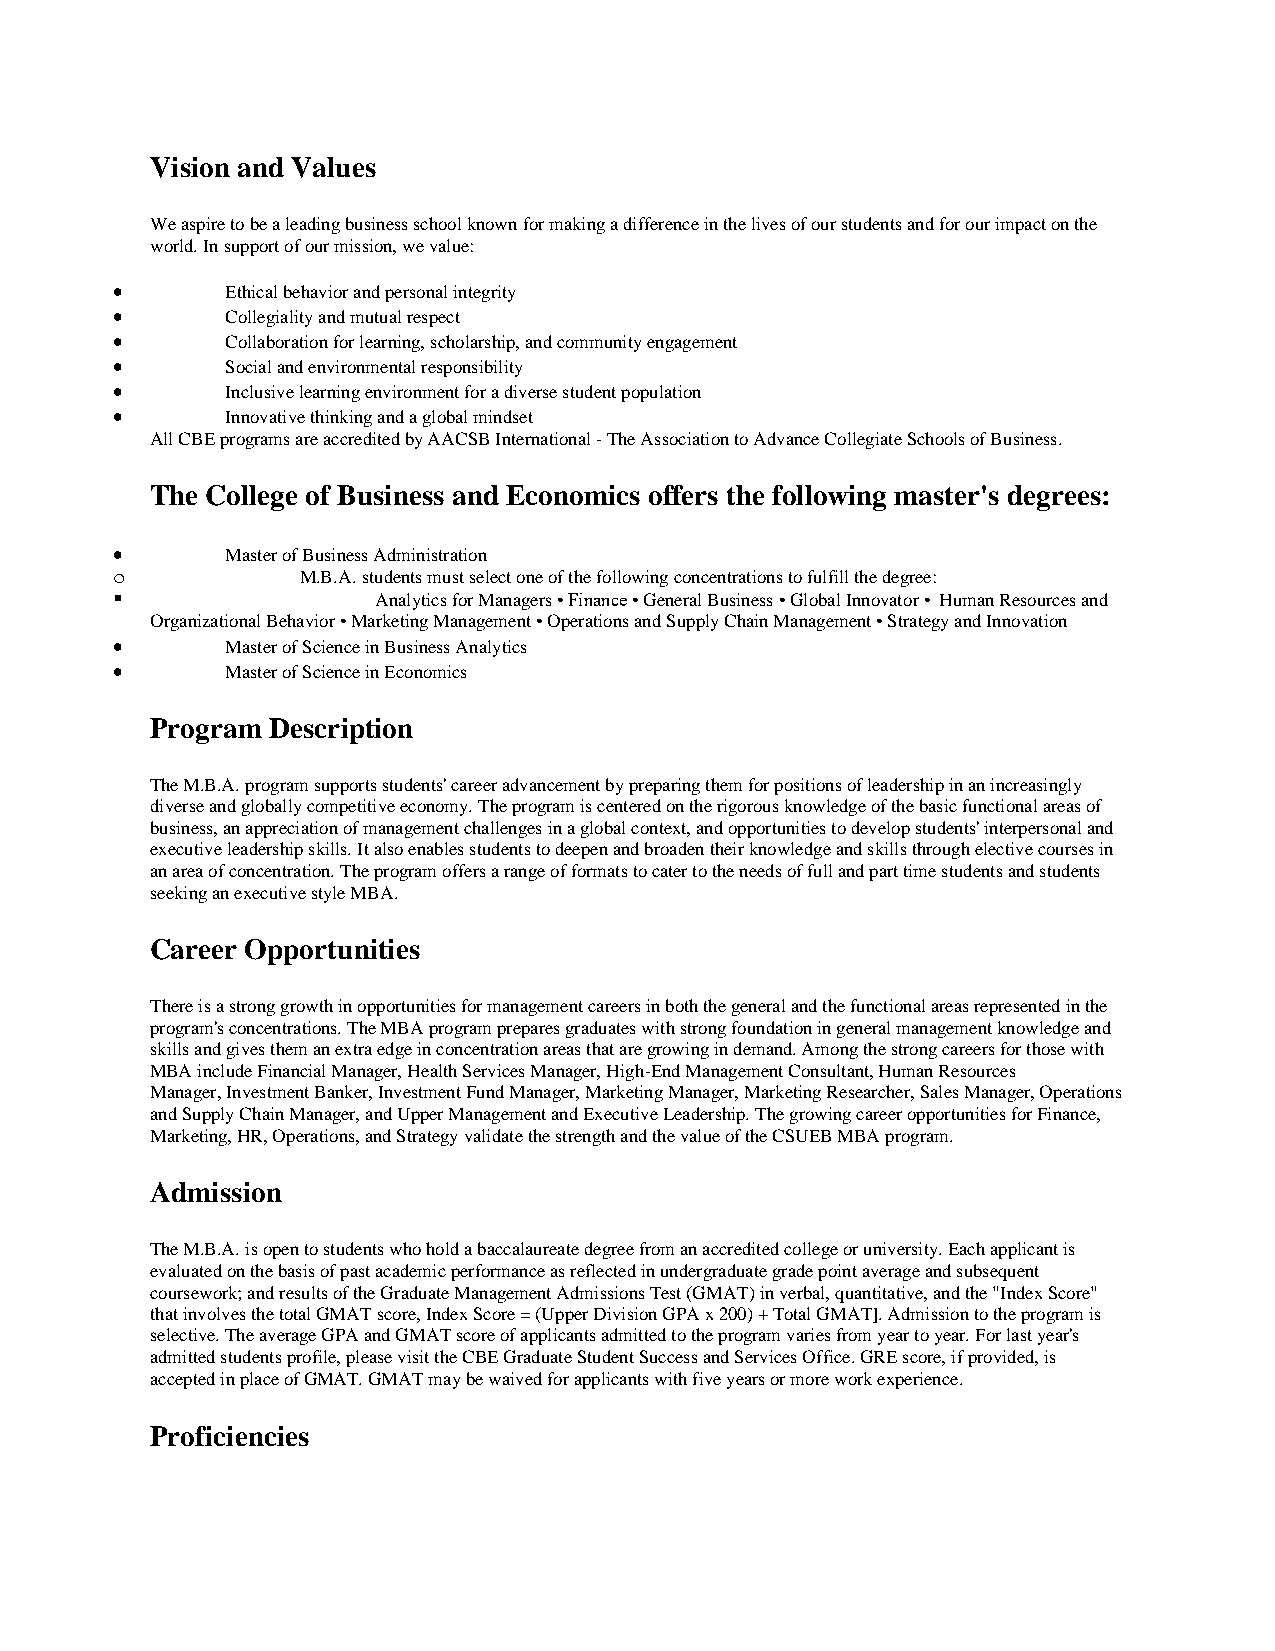
Vision and Values
 We aspire to be a leading business school known for making a difference in the lives of our students and for our impact on the
 world. In support of our mission, we value:
 •       Ethical behavior and personal integrity
 •       Collegiality and mutual respect
 •       Collaboration for learning, scholarship, and community engagement
 •       Social and environmental responsibility
 •       Inclusive learning environment for a diverse student population
 •       Innovative thinking and a global mindset
 All CBE programs are accredited by AACSB International - The Association to Advance Collegiate Schools of Business.
 The College of Business and Economics offers the following master's degrees:
 •       Master of Business Administration
 o            M.B.A. students must select one of the following concentrations to fulfill the degree:
 ▪                 Analytics for Managers • Finance • General Business • Global Innovator • Human Resources and
 Organizational Behavior • Marketing Management • Operations and Supply Chain Management • Strategy and Innovation
 •       Master of Science in Business Analytics
 •       Master of Science in Economics
 Program Description
 The M.B.A. program supports students' career advancement by preparing them for positions of leadership in an increasingly
 diverse and globally competitive economy. The program is centered on the rigorous knowledge of the basic functional areas of
 business, an appreciation of management challenges in a global context, and opportunities to develop students' interpersonal and
 executive leadership skills. It also enables students to deepen and broaden their knowledge and skills through elective courses in
 an area of concentration. The program offers a range of formats to cater to the needs of full and part time students and students
 seeking an executive style MBA.
 Career Opportunities
 There is a strong growth in opportunities for management careers in both the general and the functional areas represented in the
 program's concentrations. The MBA program prepares graduates with strong foundation in general management knowledge and
 skills and gives them an extra edge in concentration areas that are growing in demand. Among the strong careers for those with
 MBA include Financial Manager, Health Services Manager, High-End Management Consultant, Human Resources
 Manager, Investment Banker, Investment Fund Manager, Marketing Manager, Marketing Researcher, Sales Manager, Operations
 and Supply Chain Manager, and Upper Management and Executive Leadership. The growing career opportunities for Finance,
 Marketing, HR, Operations, and Strategy validate the strength and the value of the CSUEB MBA program.
 Admission
 The M.B.A. is open to students who hold a baccalaureate degree from an accredited college or university. Each applicant is
 evaluated on the basis of past academic performance as reflected in undergraduate grade point average and subsequent
 coursework; and results of the Graduate Management Admissions Test (GMAT) in verbal, quantitative, and the "Index Score"
 that involves the total GMAT score, Index Score = (Upper Division GPA x 200) + Total GMAT]. Admission to the program is
 selective. The average GPA and GMAT score of applicants admitted to the program varies from year to year. For last year's
 admitted students profile, please visit the CBE Graduate Student Success and Services Office. GRE score, if provided, is
 accepted in place of GMAT. GMAT may be waived for applicants with five years or more work experience.
 Proficiencies